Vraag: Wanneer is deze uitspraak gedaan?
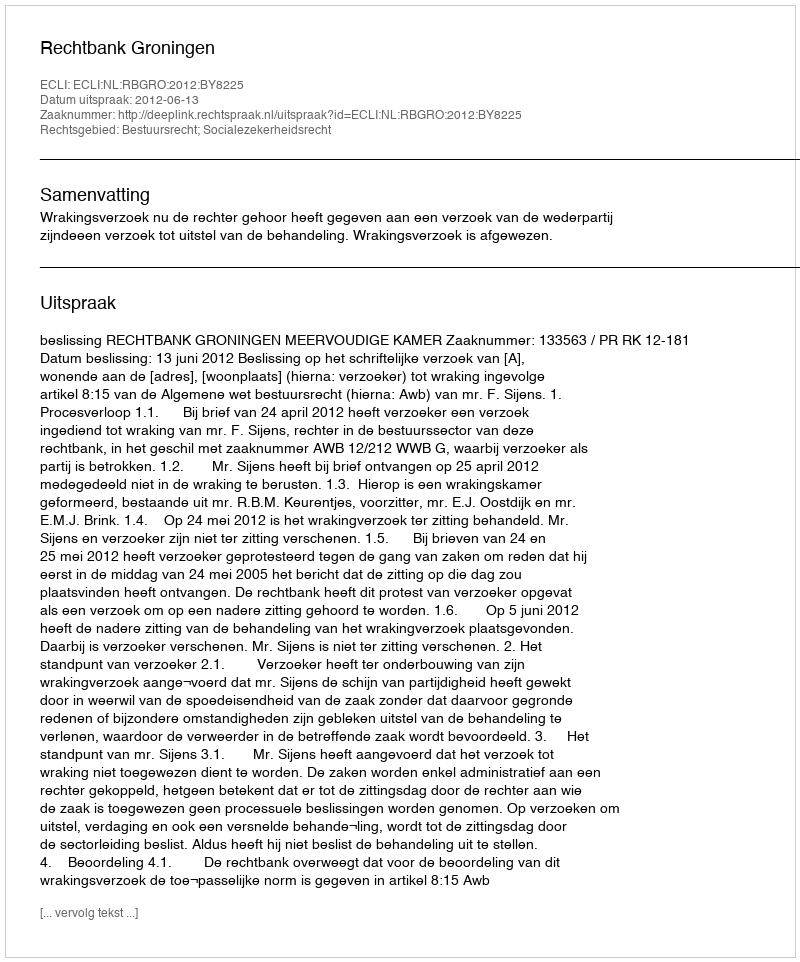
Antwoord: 2012-06-13